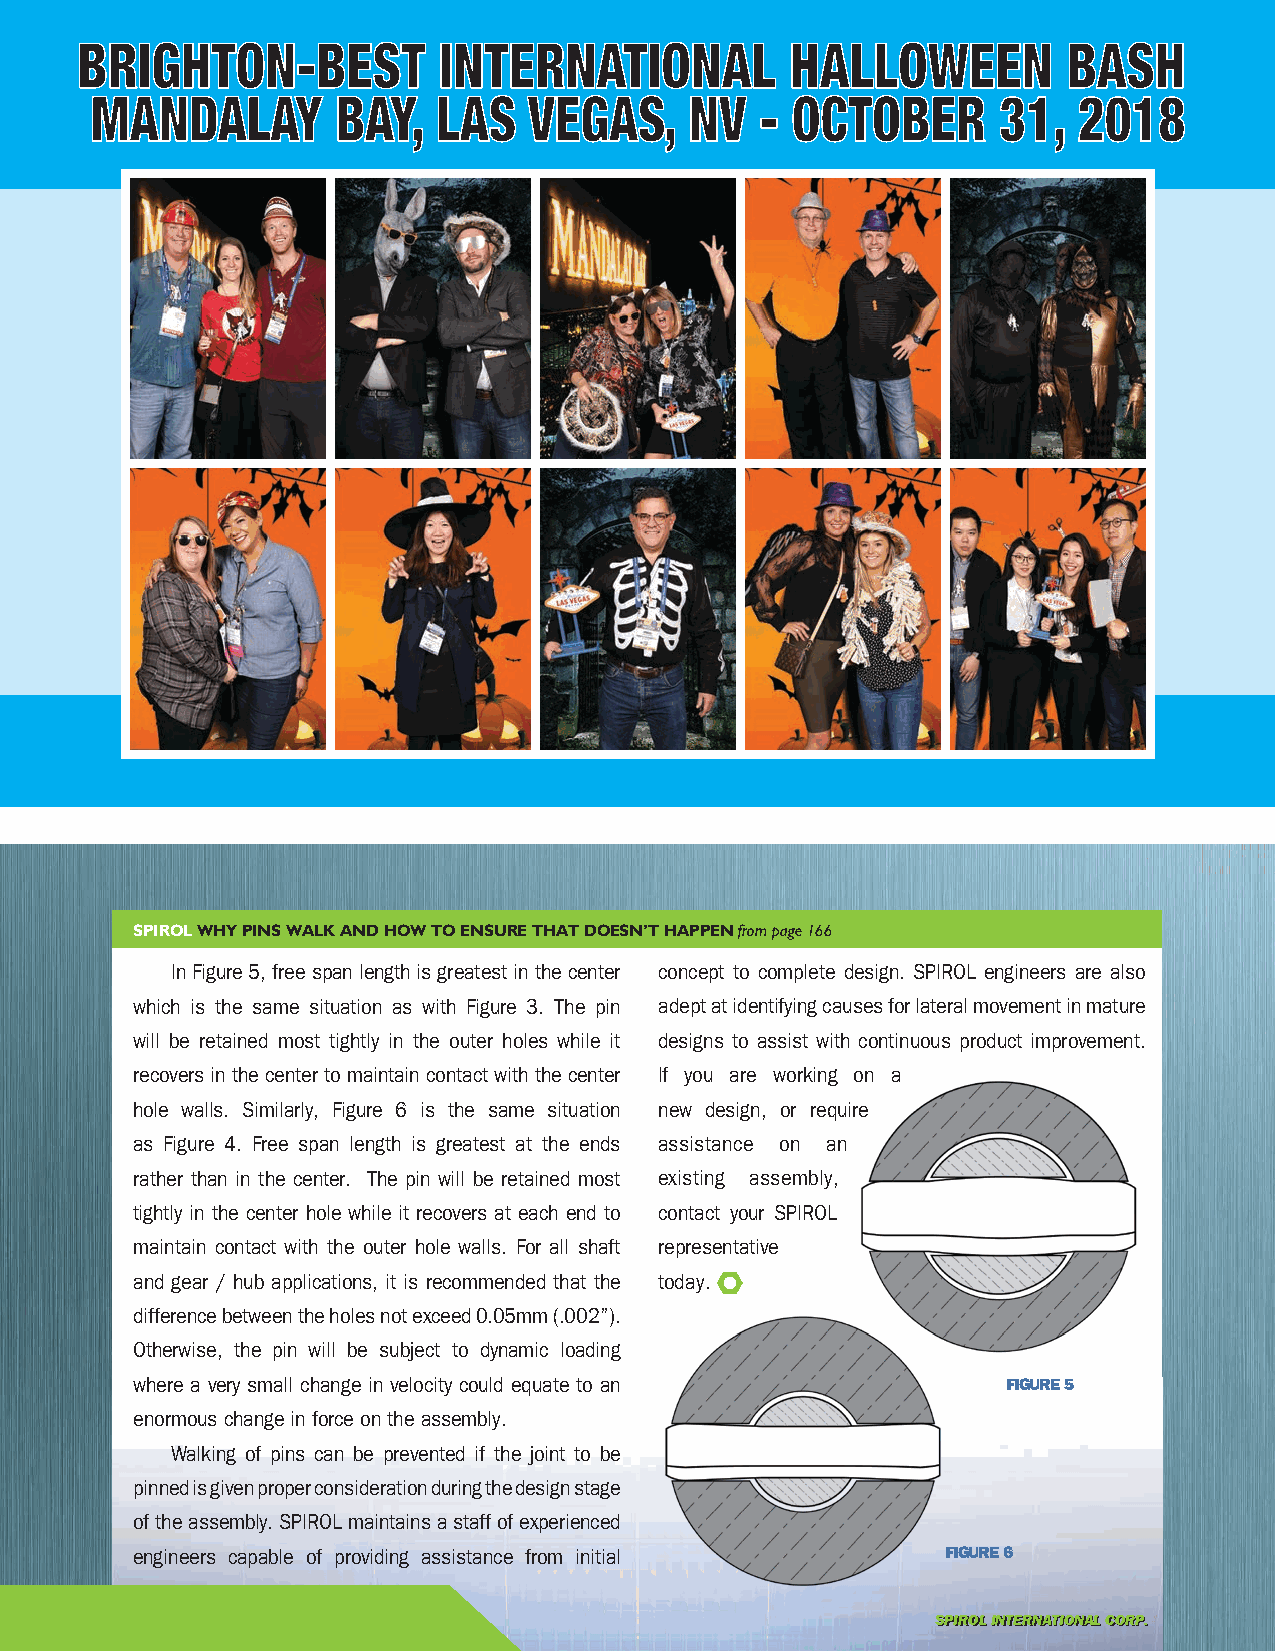
BRIGHTON-BEST           INTERNATIONAL          HALLOWEEN          BASH
 MANDALAY        BAY,   LAS   VEGAS,     NV  - OCTOBER       31,  2018
 SPIROL WHY PINS WALK AND HOW TO ENSURE THAT DOESN’T HAPPEN from page 166
 In Figure 5, free span length is greatest in the center concept to complete design. SPIROL engineers are also
 which is the same situation as with Figure 3. The pin adept at identifying causes for lateral movement in mature
 will be retained most tightly in the outer holes while it designs to assist with continuous product improvement.
 recovers in the center to maintain contact with the center If you are working on a
 hole walls. Similarly, Figure 6 is the same situation new design, or require
 as Figure 4. Free span length is greatest at the ends assistance on an
 rather than in the center. The pin will be retained most existing assembly,
 tightly in the center hole while it recovers at each end to contact your SPIROL
 maintain contact with the outer hole walls. For all shaft representative
 and gear / hub applications, it is recommended that the today.
 difference between the holes not exceed 0.05mm (.002”).
 Otherwise, the pin will be subject to dynamic loading
 where a very small change in velocity could equate to an  FIGURE 5
 enormous change in force on the assembly.
 Walking of pins can be prevented if the joint to be
 pinned is given proper consideration during the design stage
 of the assembly. SPIROL maintains a staff of experienced
 engineers capable of providing assistance from initial FIGURE 6
 SSPPIIRROOLL IINNTTEERRNNAATTIIOONNAALL CCOORRPP..